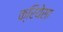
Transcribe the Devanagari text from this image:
क्रियेसा